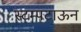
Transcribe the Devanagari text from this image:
स्टम्पटाऊन